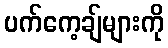
ပက်ကေ့ချ်များကို